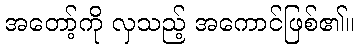
အတော့်ကို လှသည့် အကောင်ဖြစ်၏။